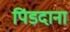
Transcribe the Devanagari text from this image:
पिंडदाना